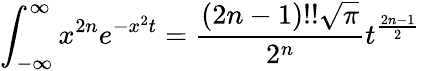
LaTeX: \int_{-\infty}^{\infty}x^{2n}e^{-x^{2}t}={\frac{(2n-1)!!{\sqrt{\pi}}}{2^{n}}}t^{\frac{2n-1}{2}}